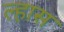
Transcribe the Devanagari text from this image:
ल्हास